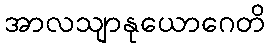
အာလသျာနုယောဂေတိ